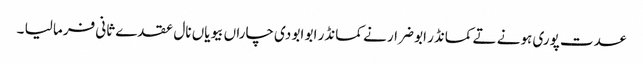
عدت پوری ہونے تے کمانڈر ابو ضرار نے کمانڈر ابو ابو دی چاراں بیویاں نال عقدے ثانی فرما لیا ۔